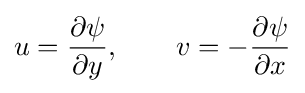
u={\frac {\partial \psi }{\partial y}},\qquad v=-{\frac {\partial \psi }{\partial x}}